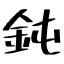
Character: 鈍